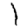
Digit: 1